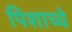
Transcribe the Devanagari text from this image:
पिशाच्चे